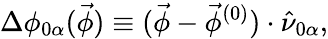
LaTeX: \Delta\phi_{0\alpha}(\vec{\phi})\equiv(\vec{\phi}-\vec{\phi}^{(0)})\cdot\hat{\nu}_{0\alpha},